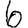
Digit: 6